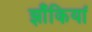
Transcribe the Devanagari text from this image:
झाँकियां